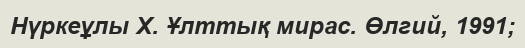
Нүркеұлы Х. Ұлттық мирас. Өлгий, 1991;